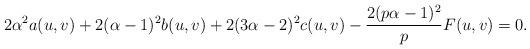
LaTeX: \begin{align*}2\alpha^{2}a(u,v)+2(\alpha-1)^{2}b(u,v)+2(3\alpha-2)^{2}c(u,v)-\frac{2(p\alpha-1)^{2}}{p}F(u,v)=0.\end{align*}